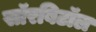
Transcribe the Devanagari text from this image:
सॉरबिटॉल